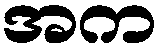
အက